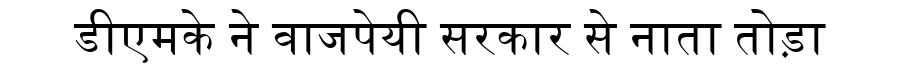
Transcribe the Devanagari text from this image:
डीएमके ने वाजपेयी सरकार से नाता तोड़ा